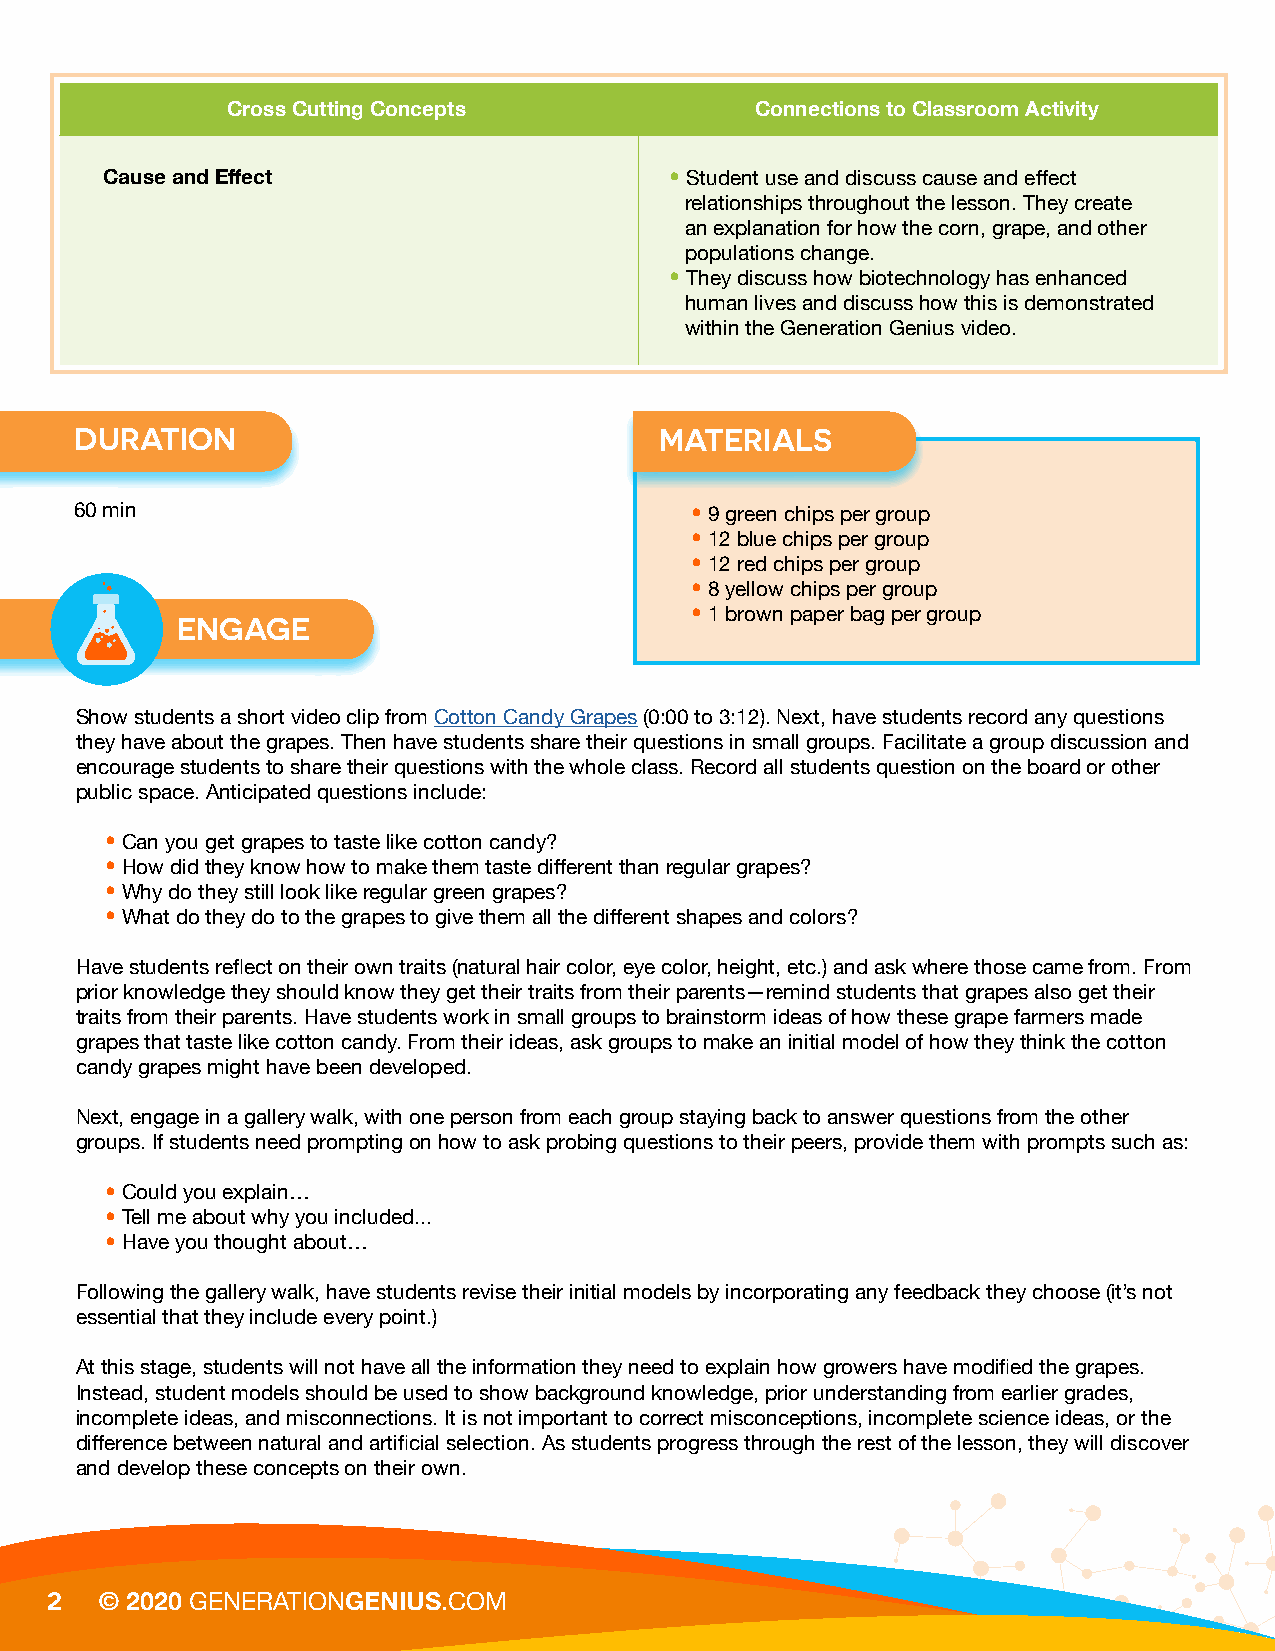
Cross Cutting Concepts             Connections to Classroom Activity
 Cause and Effect                     • Student use and discuss cause and effect
 relationships throughout the lesson. They create
 an explanation for how the corn, grape, and other
 populations change.
 • They discuss how biotechnology has enhanced
 human lives and discuss how this is demonstrated
 within the Generation Genius video.
 DURATION                               MATERIALS
 60 min                                   • 9 green chips per group
 • 12 blue chips per group
 • 12 red chips per group
 • 8 yellow chips per group
 ENGAGE                            • 1 brown paper bag per group
 Show students a short video clip from Cotton Candy Grapes (0:00 to 3:12). Next, have students record any questions
 they have about the grapes. Then have students share their questions in small groups. Facilitate a group discussion and
 encourage students to share their questions with the whole class. Record all students question on the board or other
 public space. Anticipated questions include:
 • Can you get grapes to taste like cotton candy?
 • How did they know how to make them taste different than regular grapes?
 • Why do they still look like regular green grapes?
 • What do they do to the grapes to give them all the different shapes and colors?
 Have students reflect on their own traits (natural hair color, eye color, height, etc.) and ask where those came from. From
 prior knowledge they should know they get their traits from their parents—remind students that grapes also get their
 traits from their parents. Have students work in small groups to brainstorm ideas of how these grape farmers made
 grapes that taste like cotton candy. From their ideas, ask groups to make an initial model of how they think the cotton
 candy grapes might have been developed.
 Next, engage in a gallery walk, with one person from each group staying back to answer questions from the other
 groups. If students need prompting on how to ask probing questions to their peers, provide them with prompts such as:
 • Could you explain…
 • Tell me about why you included...
 • Have you thought about…
 Following the gallery walk, have students revise their initial models by incorporating any feedback they choose (it’s not
 essential that they include every point.)
 At this stage, students will not have all the information they need to explain how growers have modified the grapes.
 Instead, student models should be used to show background knowledge, prior understanding from earlier grades,
 incomplete ideas, and misconnections. It is not important to correct misconceptions, incomplete science ideas, or the
 difference between natural and artificial selection. As students progress through the rest of the lesson, they will discover
 and develop these concepts on their own.
 2
 © 2020 GENERATIONGENIUS.COM